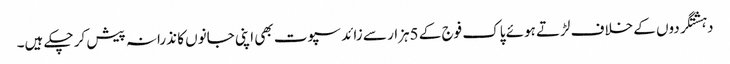
دہشتگردوں کے خلاف لڑتے ہوئے پاک فوج کے 5ہزار سے زائد سپوت بھی اپنی جانوں کا نذرانہ پیش کر چکے ہیں۔